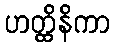
ဟတ္ထိနိကာ